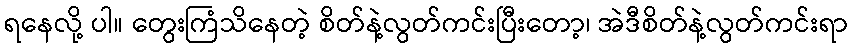
ရနေလို့ ပါ။ တွေးကြံသိနေတဲ့ စိတ်နဲ့လွတ်ကင်းပြီးတော့၊ အဲဒီစိတ်နဲ့လွတ်ကင်းရာ